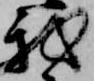
我